Indian journal of veterinary science and animal husbandry - Volume 3,
Year: 1933
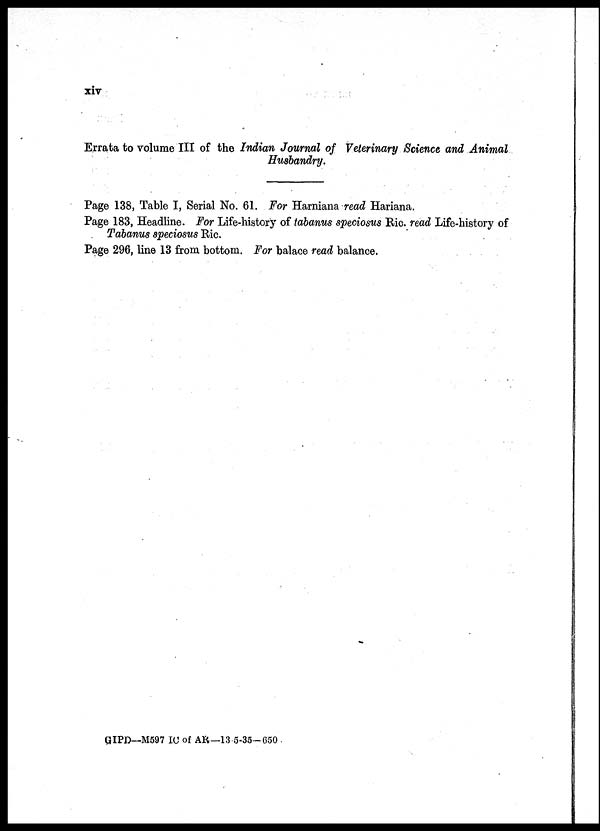
xiv
Errata to volume III of the Indian Journal of Veterinary Science and Animal
Husbandry.
Page 138, Table I, Serial No. 61. For Harniana read Hariana.
Page 183, Headline. For Life-history of tabanus speciosus Ric. read Life-history of
Tabanus speciosus Ric.
Page 296, line 13 from bottom. For balace read balance.
GIPD—M597 IC of AR—13.5-35—650.